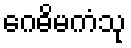
ဂေဓိမကံသု